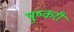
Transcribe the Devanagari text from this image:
पुष्करी